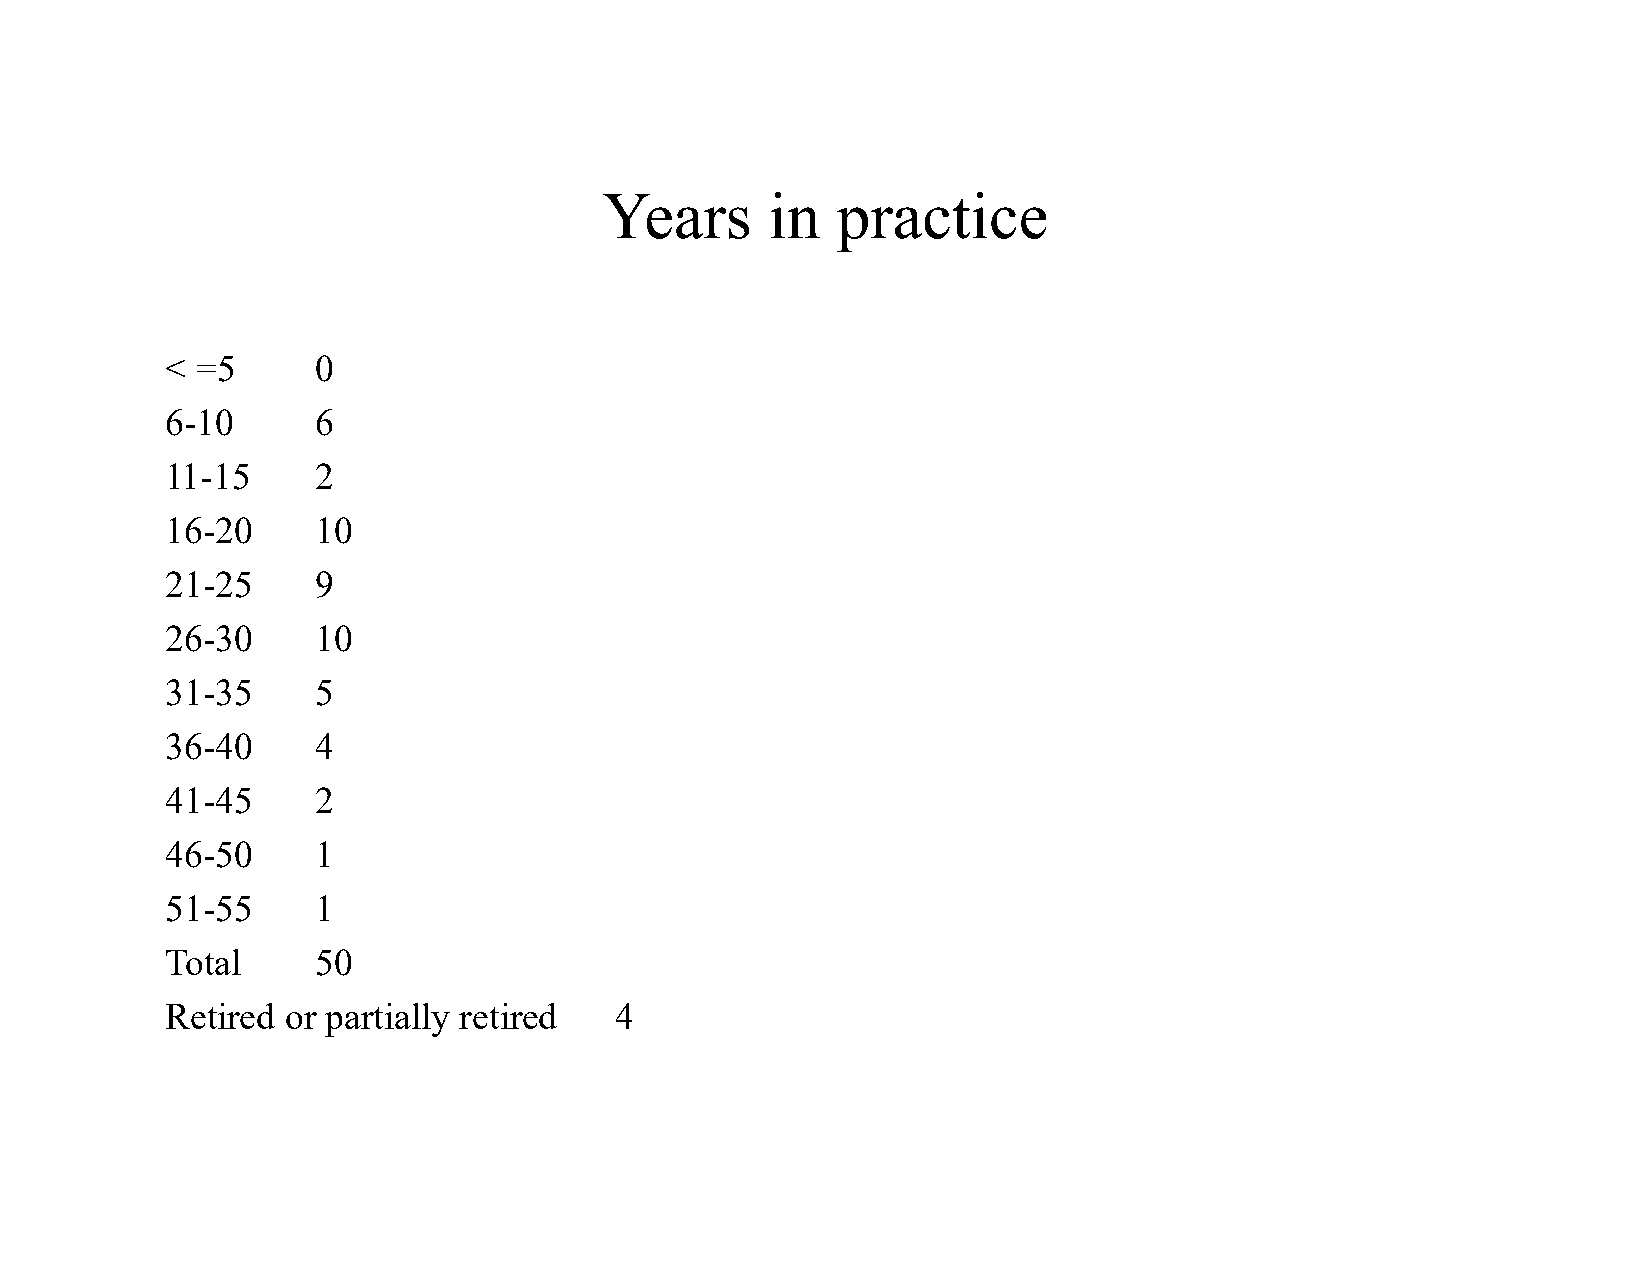
Years      in  practice
 < =5      0
 6-10      6
 11-15     2
 16-20     10
 21-25     9
 26-30     10
 31-35     5
 36-40     4
 41-45     2
 46-50     1
 51-55     1
 Total     50
 Retired or partially retired  4